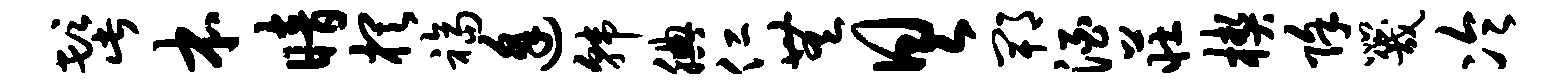
髭本暗棋福逢韩腆仁无具郫酒庄楔除咒冷